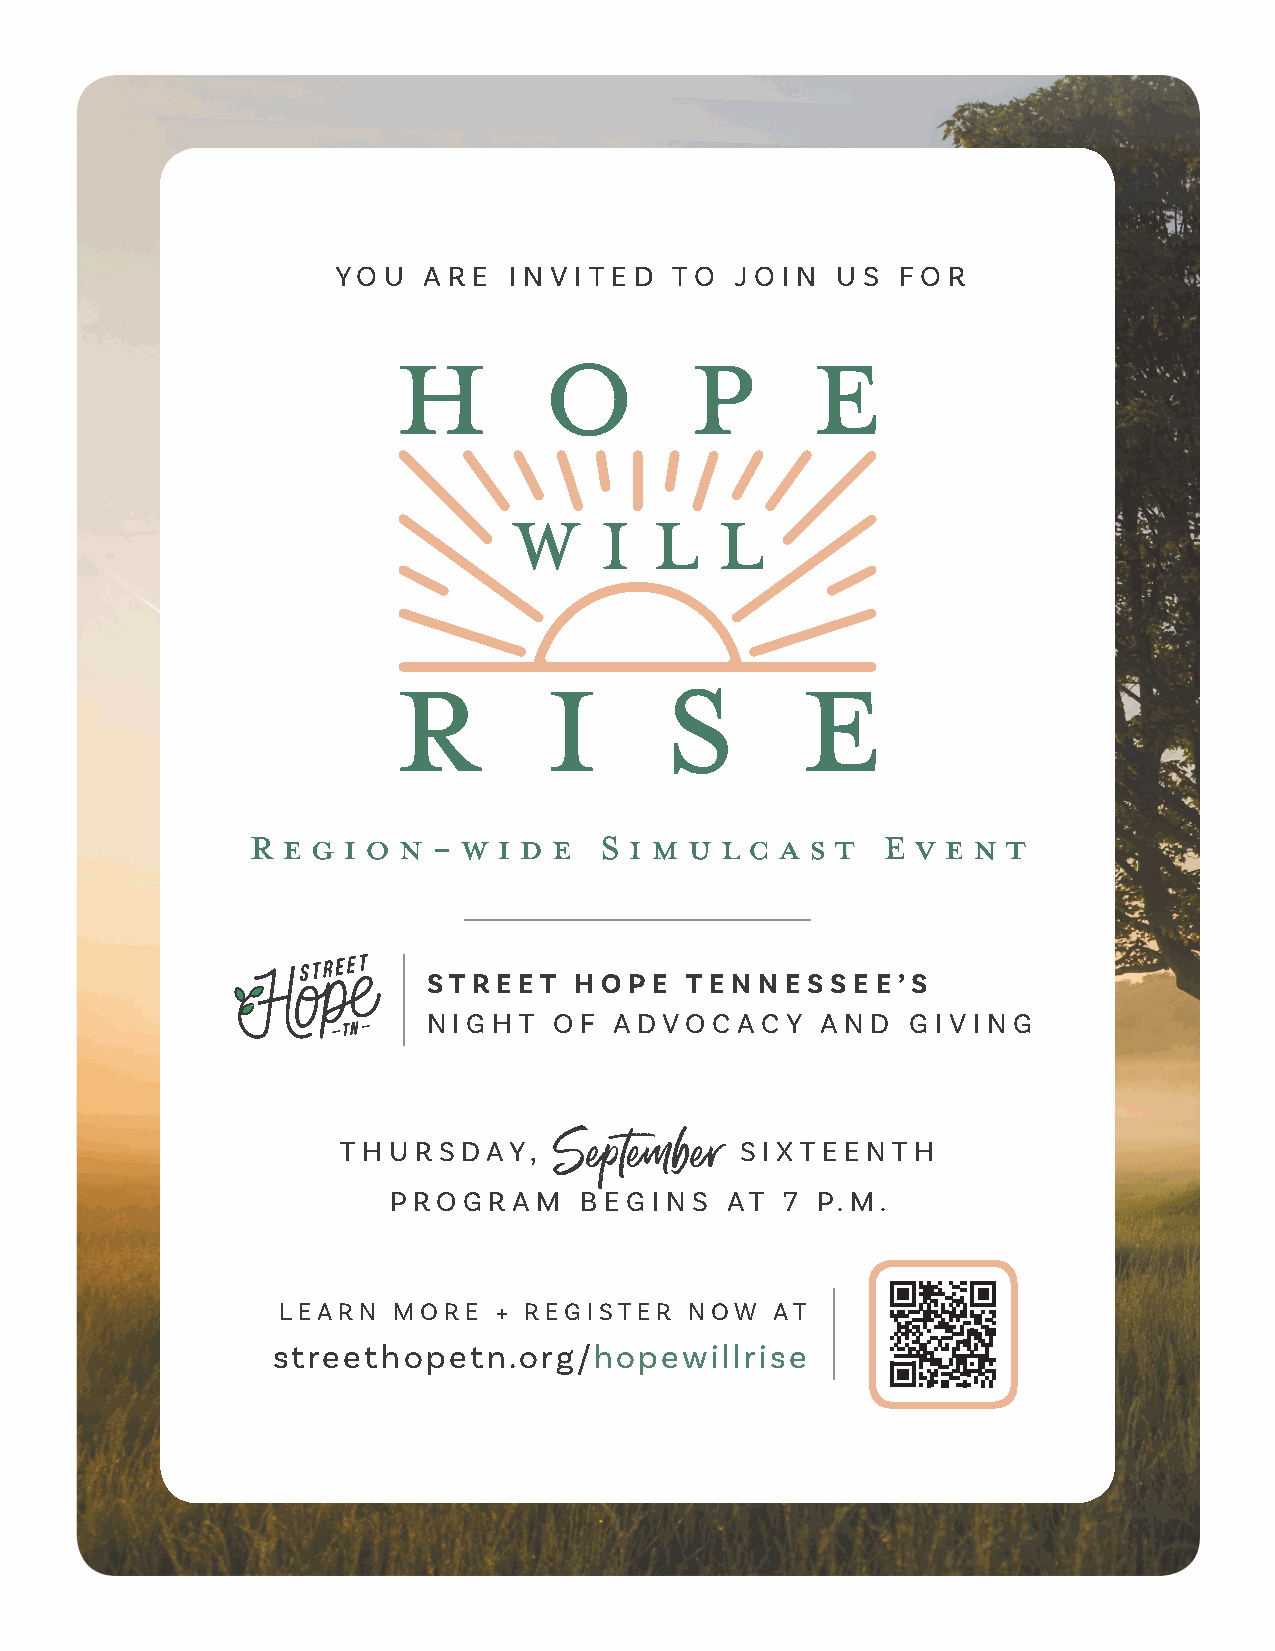
YO U  A R E I N V I T E D TO J O I N U S F O R
 R  e g i o n - w i d e  S i m u l c a s t E  v e n t
 ST R E E T H O P E T E N N E S S E E ’ S
 N I G H T O F A DVO C ACY A N D G I V I N G
 T H U R S DAY, S e p t e m b e r S I X T E E N T H
 P R O G R A M B EG I N S AT 7 P. M .
 LEARN   MORE   + REGISTER   NOW  AT
 streethopetn.org/hopewillrise